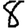
Digit: 8